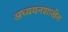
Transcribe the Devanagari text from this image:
अध्ययनशाखेत